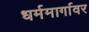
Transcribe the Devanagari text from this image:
धर्ममार्गावर